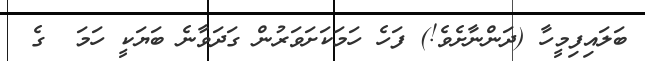
ބަލައިފިމީހާ (ދަންނާށެވެ!) ފަހެ ހަމަކަށަވަރުން ގަދަވާނެ ބަޔަކީ ހަމަ  ގެ